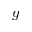
g